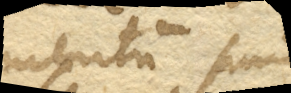
mentum suum